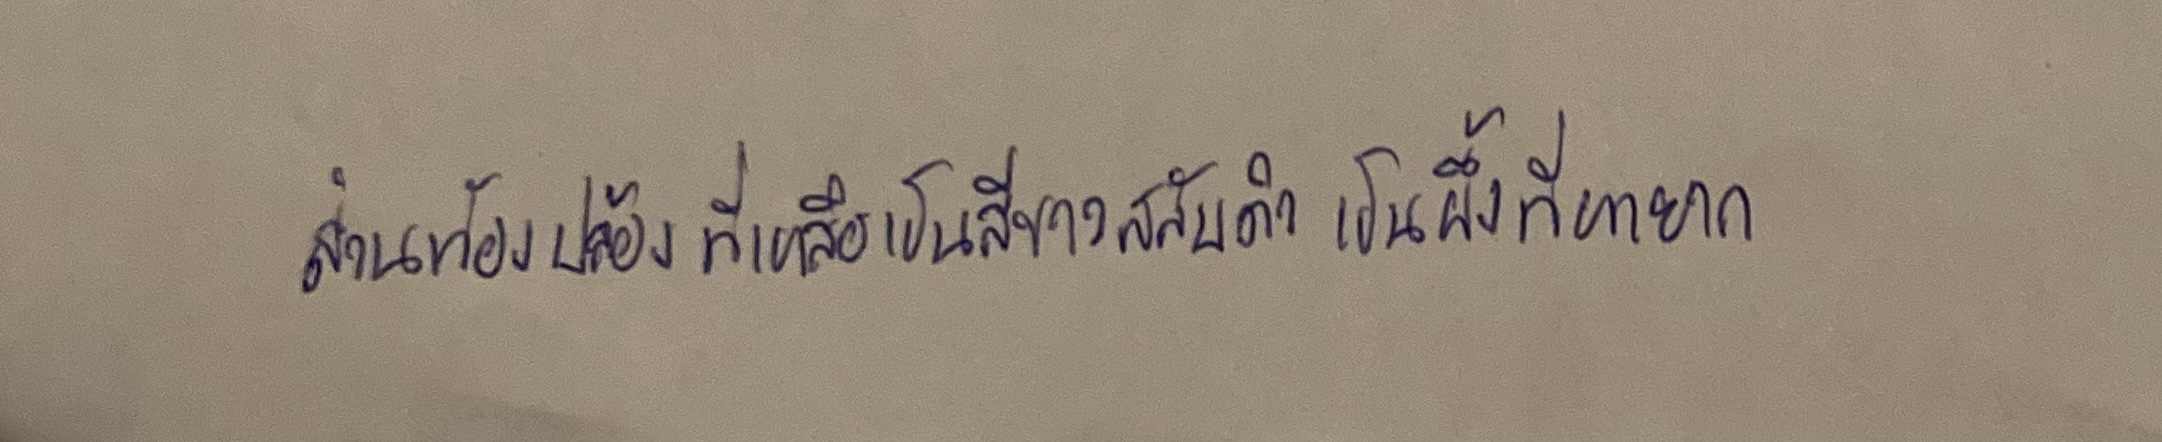
ส่วนท้องปล้องที่เหลือเป็นสีขาวสลับดำเป็นผึ้งที่หายาก